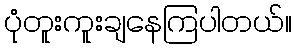
ပုံတူးကူးချနေကြပါတယ်။